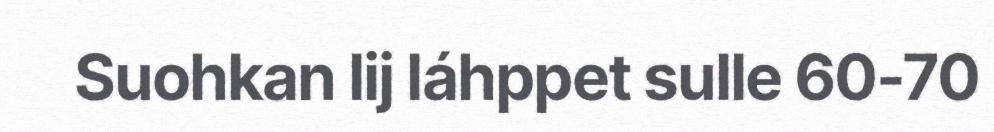
Suohkan lij láhppet sulle 60-70